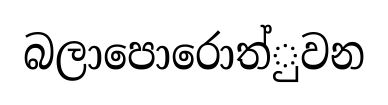
බලාපොරොත්ුවන